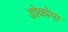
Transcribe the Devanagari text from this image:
डोकोमा